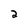
Character: 2